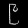
Digit: ၉